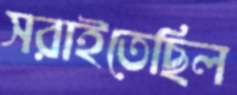
সরাইতেছিল